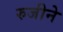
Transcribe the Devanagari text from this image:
रुजीने